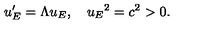
u _ { E } ^ { \prime } = \Lambda u _ { E } , \quad { u _ { E } } ^ { 2 } = c ^ { 2 } > 0 .